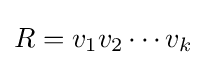
R=v_{1}v_{2}\cdots v_{k}